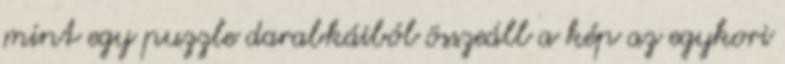
mint egy puzzle darabkáiból összeáll a kép az egykori